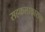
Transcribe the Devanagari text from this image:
सहकलाकाराचा